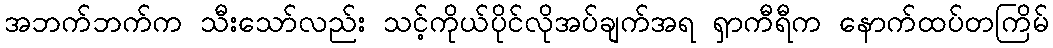
အဘက်ဘက်က သီးသော်လည်း သင့်ကိုယ်ပိုင်လိုအပ်ချက်အရ ရှာကီရီက နောက်ထပ်တကြိမ်